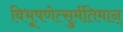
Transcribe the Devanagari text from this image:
विभूषणेत्सुर्मतिमान्